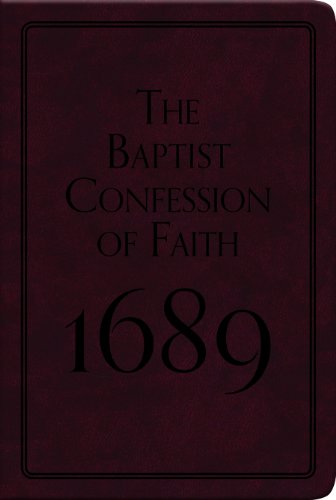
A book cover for The Baptist Confession of Faith 1689 (Pocket Puritans); Various; Christian Books & Bibles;